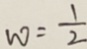
w = \frac { 1 } { 2 }